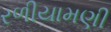
રળીયામણી